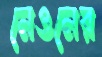
নেওনের